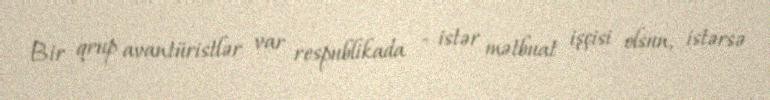
Bir qrup avantüristlər var respublikada - istər mətbuat işçisi olsun, istərsə